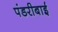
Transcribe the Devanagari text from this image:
पंडरीबाई